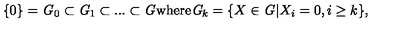
\{ 0 \} = { \it G } _ { 0 } \subset { \it G } _ { 1 } \subset . . . \subset { \it G } \mathrm { w h e r e } { \it G } _ { k } = \{ X \in { \it G } | X _ { i } = 0 , i \geq k \} ,